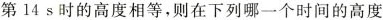
第14 s时的高度相等，则在下列哪一个时间的高度